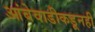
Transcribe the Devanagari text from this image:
आंबेवाडीकडूनही